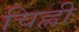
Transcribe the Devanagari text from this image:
चिह्ली